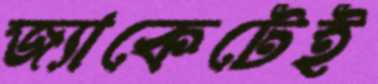
জ্যাকেটেই